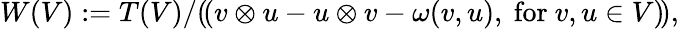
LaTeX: W(V):=T(V)/(\! (v\otimes u-u\otimes v-\omega(v,u),{\mathrm{~for~}}v,u\in V)\! ),